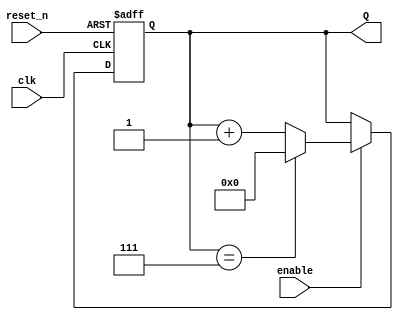
`timescale 1ns / 1ps
//////////////////////////////////////////////////////////////////////////////////
// Company: 
// Engineer: 
// 
// Design Name: 
// Module Name: mod_counter_hardcoded
// Project Name: 
// Target Devices: 
// Tool Versions: 
// Description: 
// 
// Dependencies: 
// 
// Revision:
// Revision 0.01 - File Created
// Additional Comments:
// 
//////////////////////////////////////////////////////////////////////////////////


module mod_counter_hardcoded
    #(parameter BITS = 4)(
    input clk,
    input reset_n,
    input enable,
    output [BITS - 1:0] Q
    );
    
    reg [BITS - 1:0] Q_reg, Q_next;
    wire done;
    
    always @(posedge clk, negedge reset_n)
    begin
        if (~reset_n)
            Q_reg <= 'b0;
        else if(enable)
            Q_reg <= Q_next;
        else
            Q_reg <= Q_reg;
    end
    
    // Next state logic
    // Hard coded final value
    assign done = Q_reg == 7;

    always @(*)
        Q_next = done? 'b0: Q_reg + 1;
    
    // Output logic
    assign Q = Q_reg;
endmodule